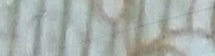
شارع المطار